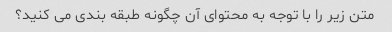
متن زیر را با توجه به محتوای آن چگونه طبقه بندی می کنید؟